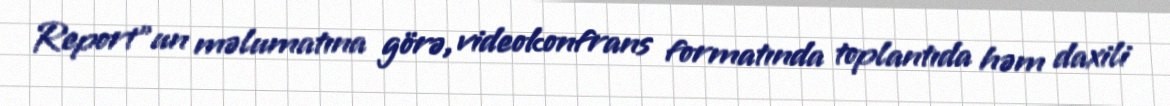
Report"un məlumatına görə, videokonfrans formatında toplantıda həm daxili